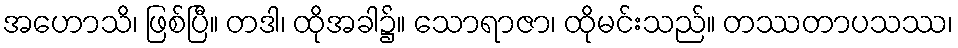
အဟောသိ၊ ဖြစ်ပြီ။ တဒါ၊ ထိုအခါ၌။ သောရာဇာ၊ ထိုမင်းသည်။ တဿတာပသဿ၊